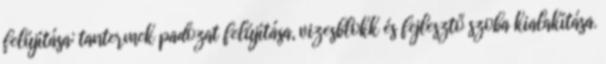
felújítása: tantermek padozat felújítása, vizesblokk és fejlesztő szoba kialakítása.